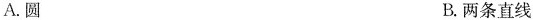
A.圆 B.两条直线